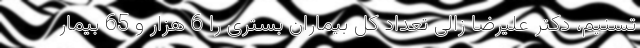
تسنیم، دکتر علیرضا زالی تعداد کل بیماران بستری را 6 هزار و 65 بیمار